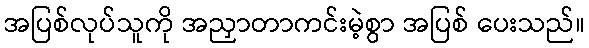
အပြစ်လုပ်သူကို အညှာတာကင်းမဲ့စွာ အပြစ် ပေးသည်။